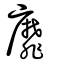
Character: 靡